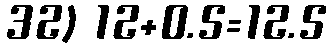
32) 12+0.5=12.5